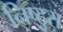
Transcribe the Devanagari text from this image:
निष्टुरा